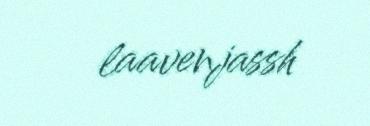
laavenjassh